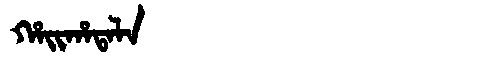
Manchu: ᡥᠠᡳᡥᠠᡨᠠᠯᠠ
Romanization: HAIHATALA